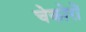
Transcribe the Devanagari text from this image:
चेकोरों